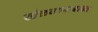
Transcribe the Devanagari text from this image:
खेळवण्याबाबत